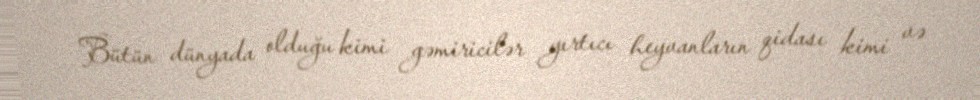
Bütün dünyada olduğu kimi gəmiricilər yırtıcı heyvanların qidası kimi və